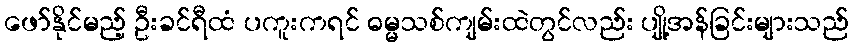
ဖော်နိုင်မည့် ဦးခင်ရီထံ ပကူးကရင် ဓမ္မသစ်ကျမ်းထဲတွင်လည်း ပျို့အန်ခြင်းများသည်